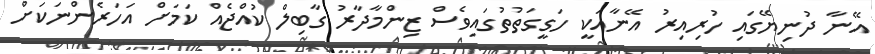
އޭނާ ދުނިޔޭގައި ހުރިއިރު އޭނާއަކީ ހަގީގަތުތުގައިވެސް ޒިންމާދާރު ގާބިލް ކުއްޖެއް ކަމަށް އަހަރެންނަކަށް